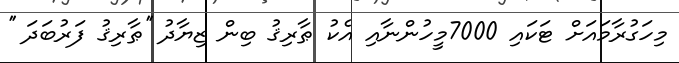
މިހަގުރާމައަށް ޓަކައި 7000މީހުންނާއި އެކު ޠާރިޤު ބިން ޒިޔާދު ''ޠާރިޤު ފަރުބަދަ ''